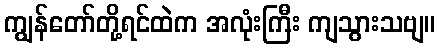
ကျွန်တော်တို့ရင်ထဲက အလုံးကြီး ကျသွားသဗျ။